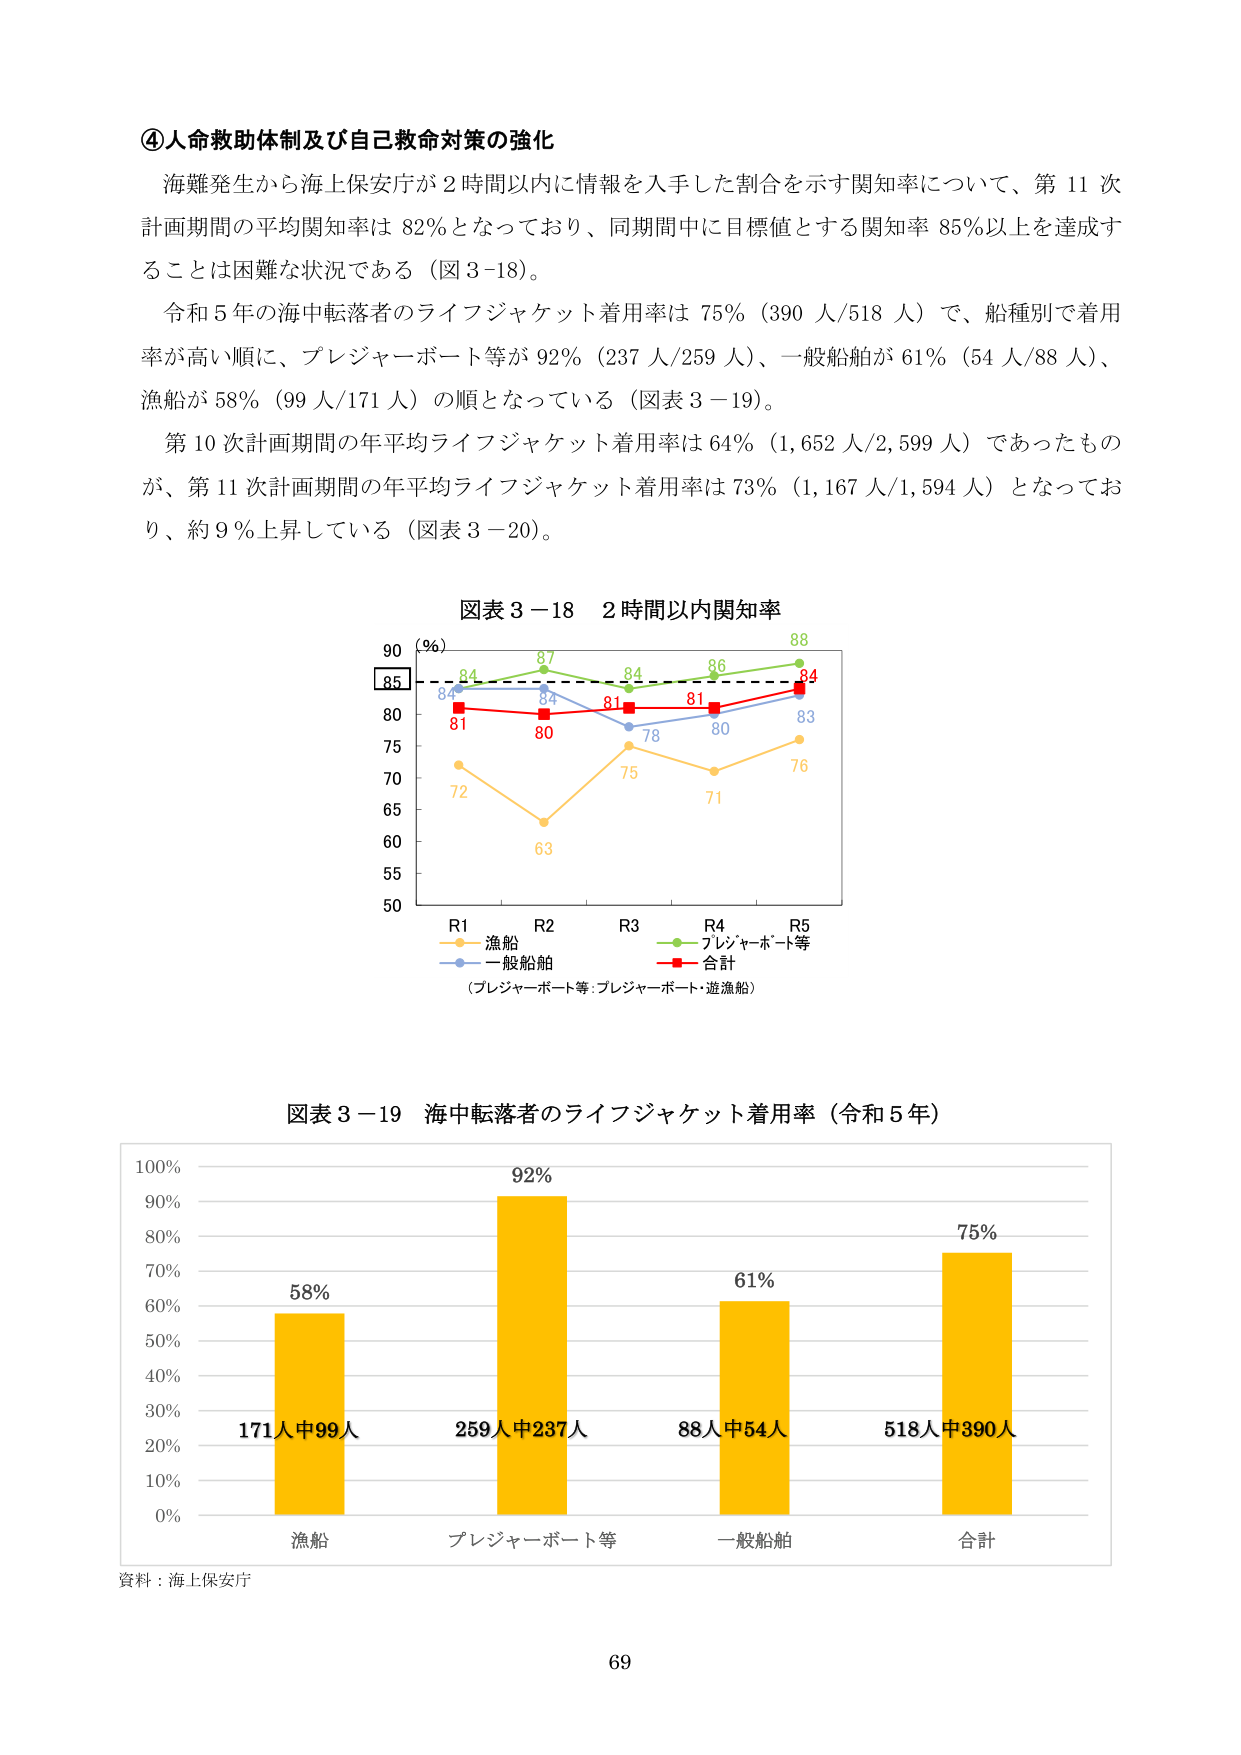
④人命救助体制及び自己救命対策の強化
海難発生から海上保安庁が２時間以内に情報を入手した割合を示す関知率について、第11次計画期間の平均関知率は82％となっており、同期間中に目標値とする関知率85％以上を達成することは困難な状況である（図3-18）。
令和5年の海中転落者のライフジャケット着用率は75％（390人/518人）で、船種別で着用率が高い順に、プレジャーボート等が92％（237人/259人）、一般船舶が61％（54人/88人）、漁船が58％（99人/171人）の順となっている（図表3-19）。
第10次計画期間の年平均ライフジャケット着用率は64％（1,652人/2,599人）であったものが、第11次計画期間の年平均ライフジャケット着用率は73％（1,167人/1,594人）となっており、約9％上昇している（図表3-20）。

図表3-18　2時間以内関知率
（％）
85
90
84
87
84
86
88
84
81
81
80
83
84
80
78
76
75
71
72
63
50
55
60
65
70
75
80
85
90
R1　R2　R3　R4　R5
漁船
プレジャーボート等
一般船舶
合計
（プレジャーボート等：プレジャーボート・遊漁船）

図表3-19　海中転落者のライフジャケット着用率（令和5年）
100％
90％
80％
70％
60％
50％
40％
30％
20％
10％
0％
58％
171人中99人
漁船
92％
259人中237人
プレジャーボート等
61％
88人中54人
一般船舶
75％
518人中390人
合計
資料：海上保安庁
69